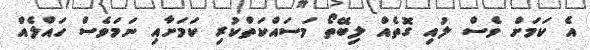
އެ ކަމަށް ވެސް ލުއި ގޮތެއް ލިބޭތޯ މަސައްކަތްކުރި ކަމަށާއި ނަމަވެސް ހައްލެއް